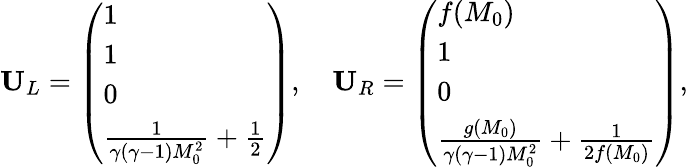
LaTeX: \mathbf{U}_{L}=\left(\begin{array}{l}{1}\\ {1}\\ {0}\\ {\frac{1}{\gamma(\gamma-1)M_{0}^{2}}+\frac{1}{2}}\end{array}\right),\quad\mathbf{U}_{R}=\left(\begin{array}{l}{f(M_{0})}\\ {1}\\ {0}\\ {\frac{g(M_{0})}{\gamma(\gamma-1)M_{0}^{2}}+\frac{1}{2f(M_{0})}}\end{array}\right),